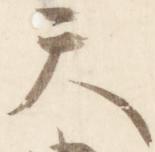
天